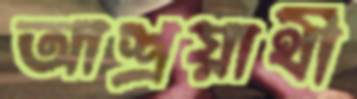
আশ্রয়ার্থী